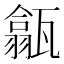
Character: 㽂